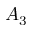
A _ { 3 }